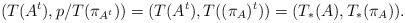
LaTeX: \begin{align*}(T(A^t), p/T(\pi_{A^t})) = (T(A^t), T((\pi_A)^t)) = (T_\ast(A),T_\ast(\pi_A)). \end{align*}